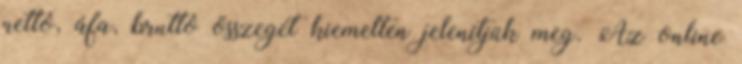
nettó, áfa, bruttó összegét kiemelten jelenítjük meg. Az online